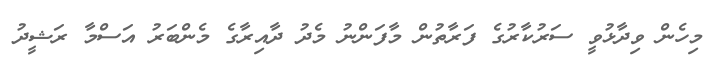
މިހެން ވިދާޅުވީ ސަރުކާރުގެ ފަރާތުން މާފަންނު މެދު ދާއިރާގެ މެންބަރު އަސްމާ ރަޝީދު